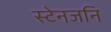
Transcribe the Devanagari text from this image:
स्टेनजनि